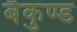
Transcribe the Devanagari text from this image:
बैकुण्ड